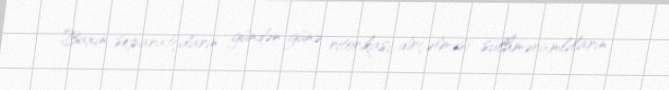
Baxın, separatçıların gündən-günə ritorikası, dirçəlməsi sülhməramlıların